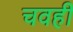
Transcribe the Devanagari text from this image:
चवही